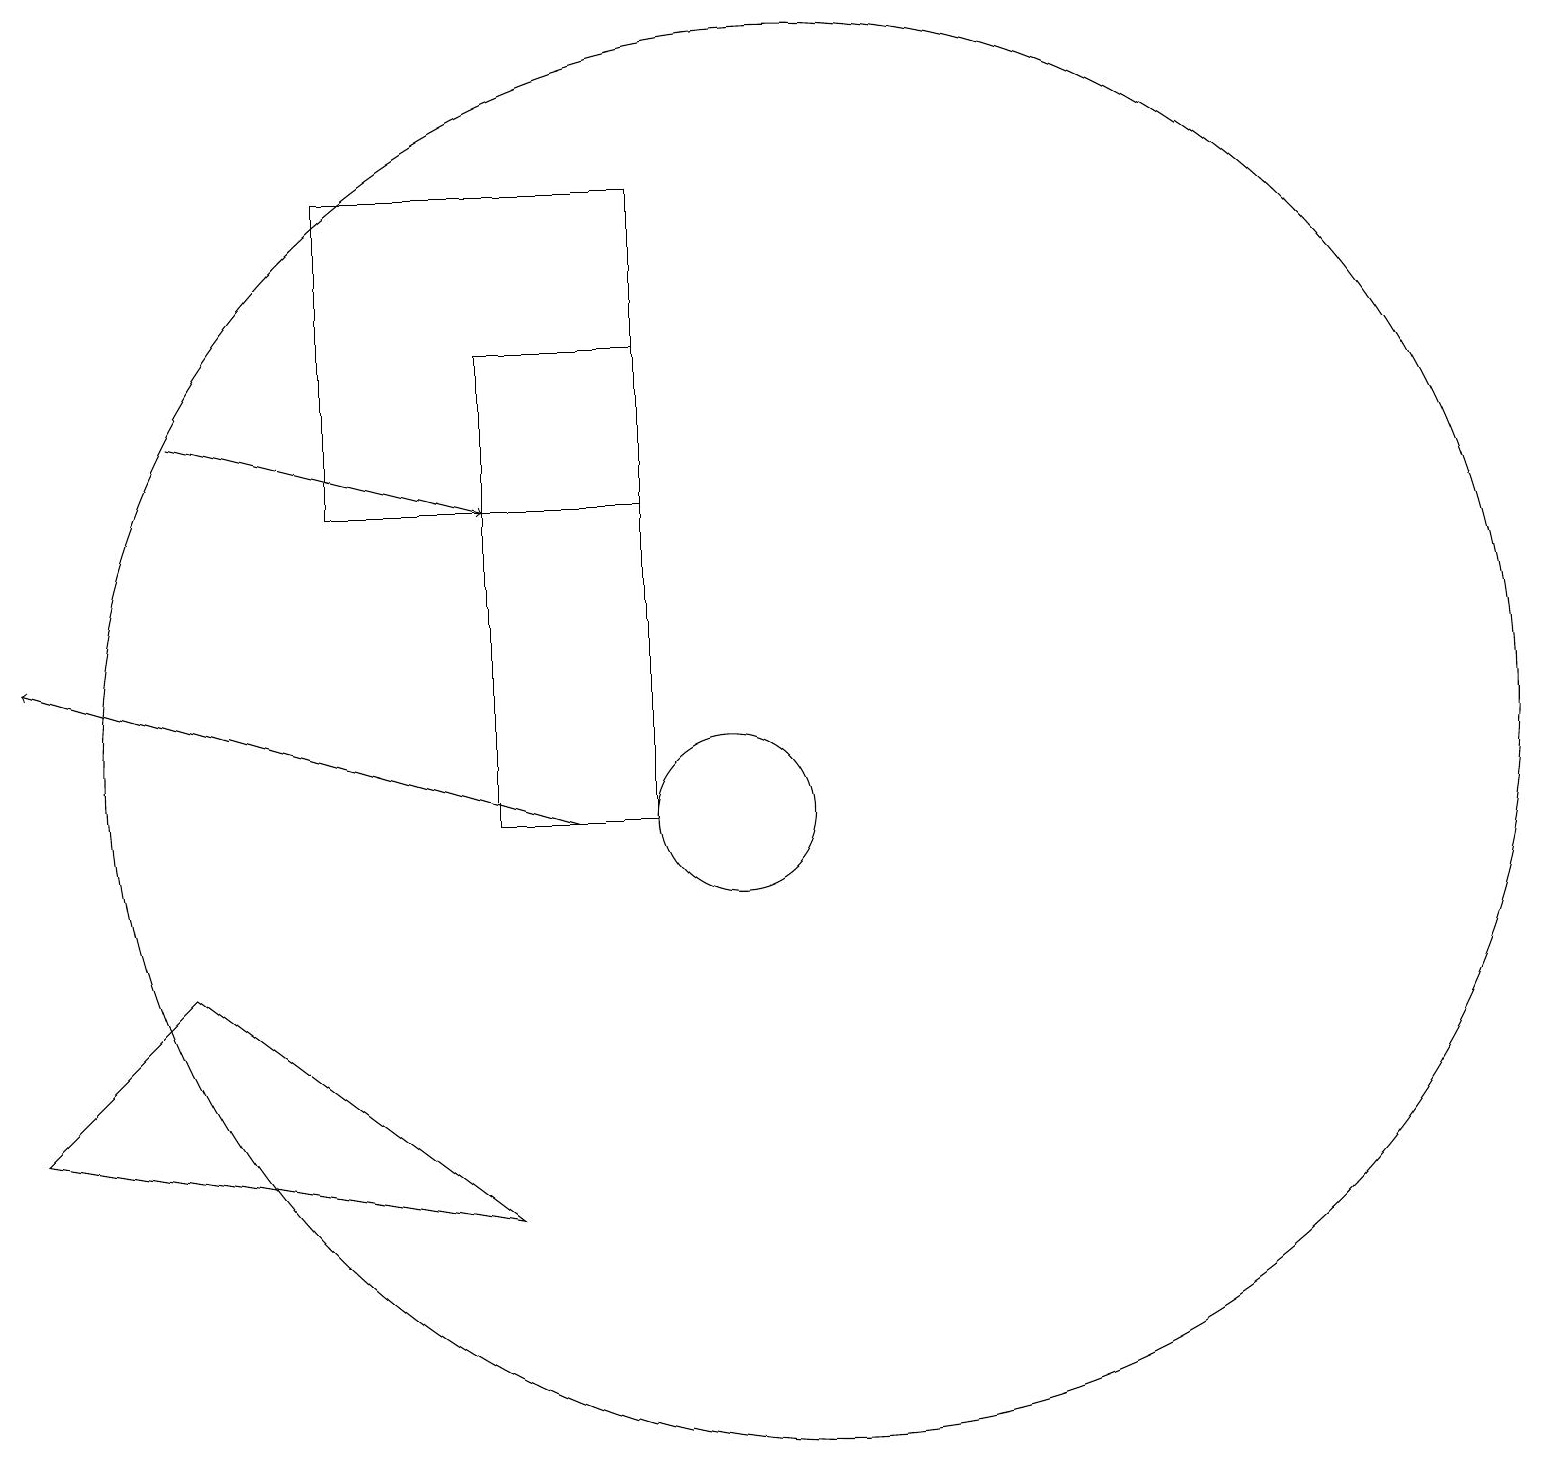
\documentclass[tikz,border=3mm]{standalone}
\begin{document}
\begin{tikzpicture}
\draw (11,11) circle (9);
\draw[->] (8,10) -- (1,12);
\draw (7,5) -- (3,8) -- (1,6) -- cycle;
\draw (10,10) circle (1);
\draw (7,10) rectangle (9,16);
\draw[->] (3,15) -- (7,14);
\draw (5,14) rectangle (9,18);
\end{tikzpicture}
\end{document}